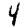
Digit: 4